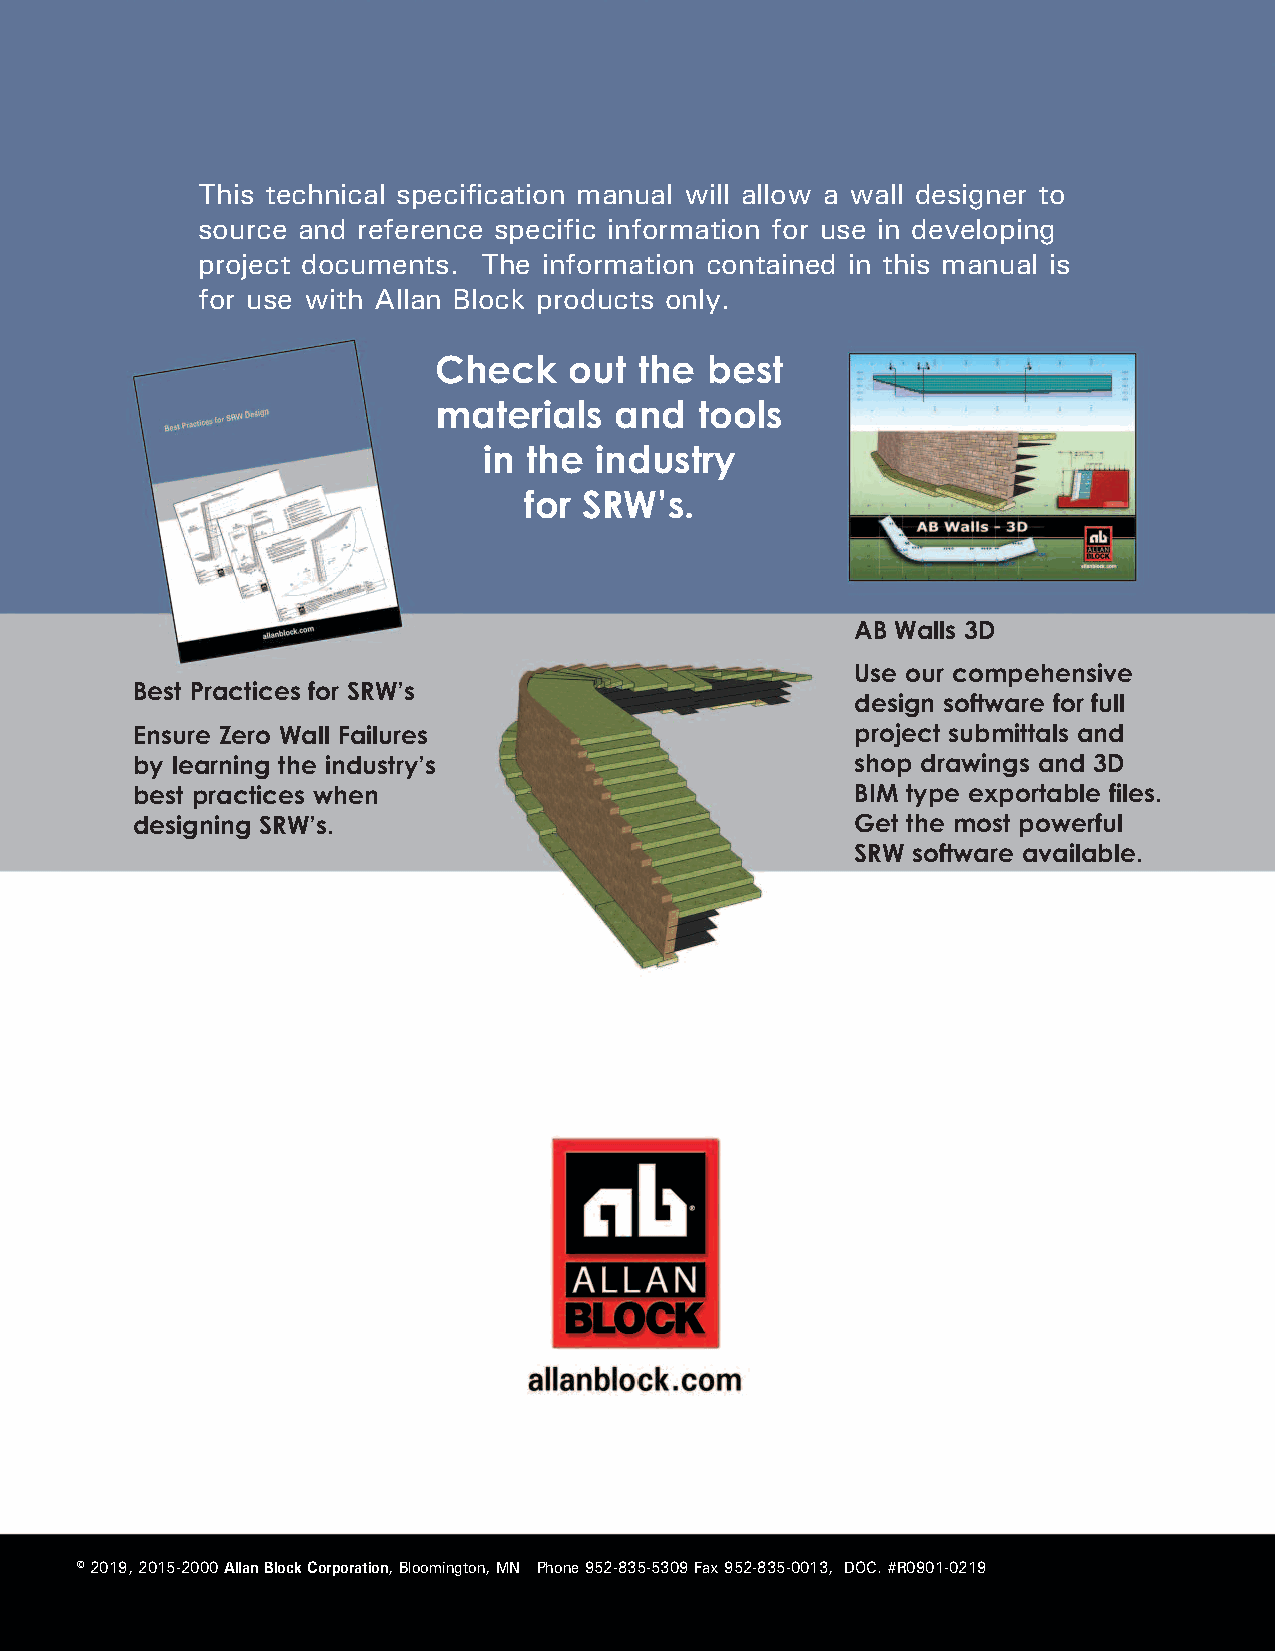
This technical specification manual will allow a wall designer to
 source and reference specific information for use in developing
 project documents. The information contained in this manual is
 for use with Allan Block products only.
 Check    out the  best
 materials   and  tools
 in the industry
 for SRW’s.
 AB Walls 3D
 Use our compehensive
 Best Practices for SRW’s
 design software for full
 Ensure Zero Wall Failures                       project submittals and
 by learning the industry’s                      shop drawings and 3D
 best practices when                             BIM type exportable files.
 designing SRW’s.                                Get the most powerful
 SRW software available.
 © 2019, 2015-2000 Allan Block Corporation, Bloomington, MN Phone 952-835-5309 Fax 952-835-0013, DOC. #R0901-0219